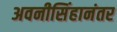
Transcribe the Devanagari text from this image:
अवनीसिंहानंतर